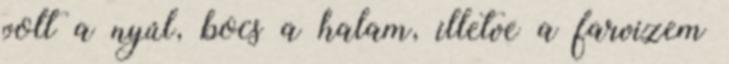
volt a nyúl, bocs a halam, illetve a farvizem